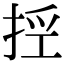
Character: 𢭊